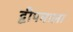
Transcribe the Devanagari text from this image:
द्वीपमाला